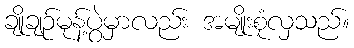
ချိုချဉ်မုန့်ပွဲမှာလည်း အမျိုးစုံလှသည်။